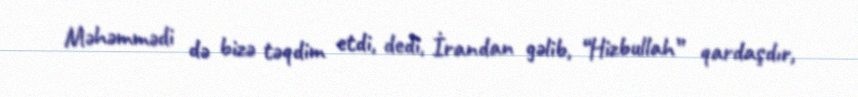
Məhəmmədi də bizə təqdim etdi, dedi, İrandan gəlib, “Hizbullah” qardaşdır,